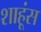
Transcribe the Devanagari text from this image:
शाहूंस